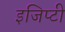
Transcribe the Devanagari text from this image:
इजिप्टी